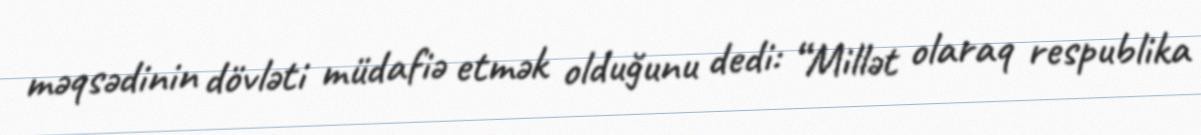
məqsədinin dövləti müdafiə etmək olduğunu dedi: “Millət olaraq respublika